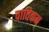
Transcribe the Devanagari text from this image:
वातिकन